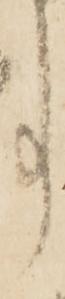
事